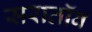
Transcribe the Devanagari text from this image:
सरातॉव